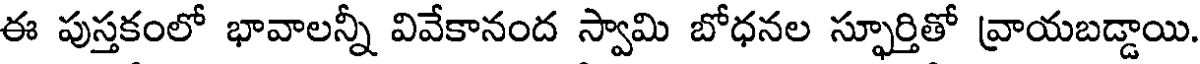
ఈ పుస్తకంలో భావాలన్నీ వివేకానంద స్వామి బోధనల స్ఫూర్తితో వ్రాయబడ్డాయి.